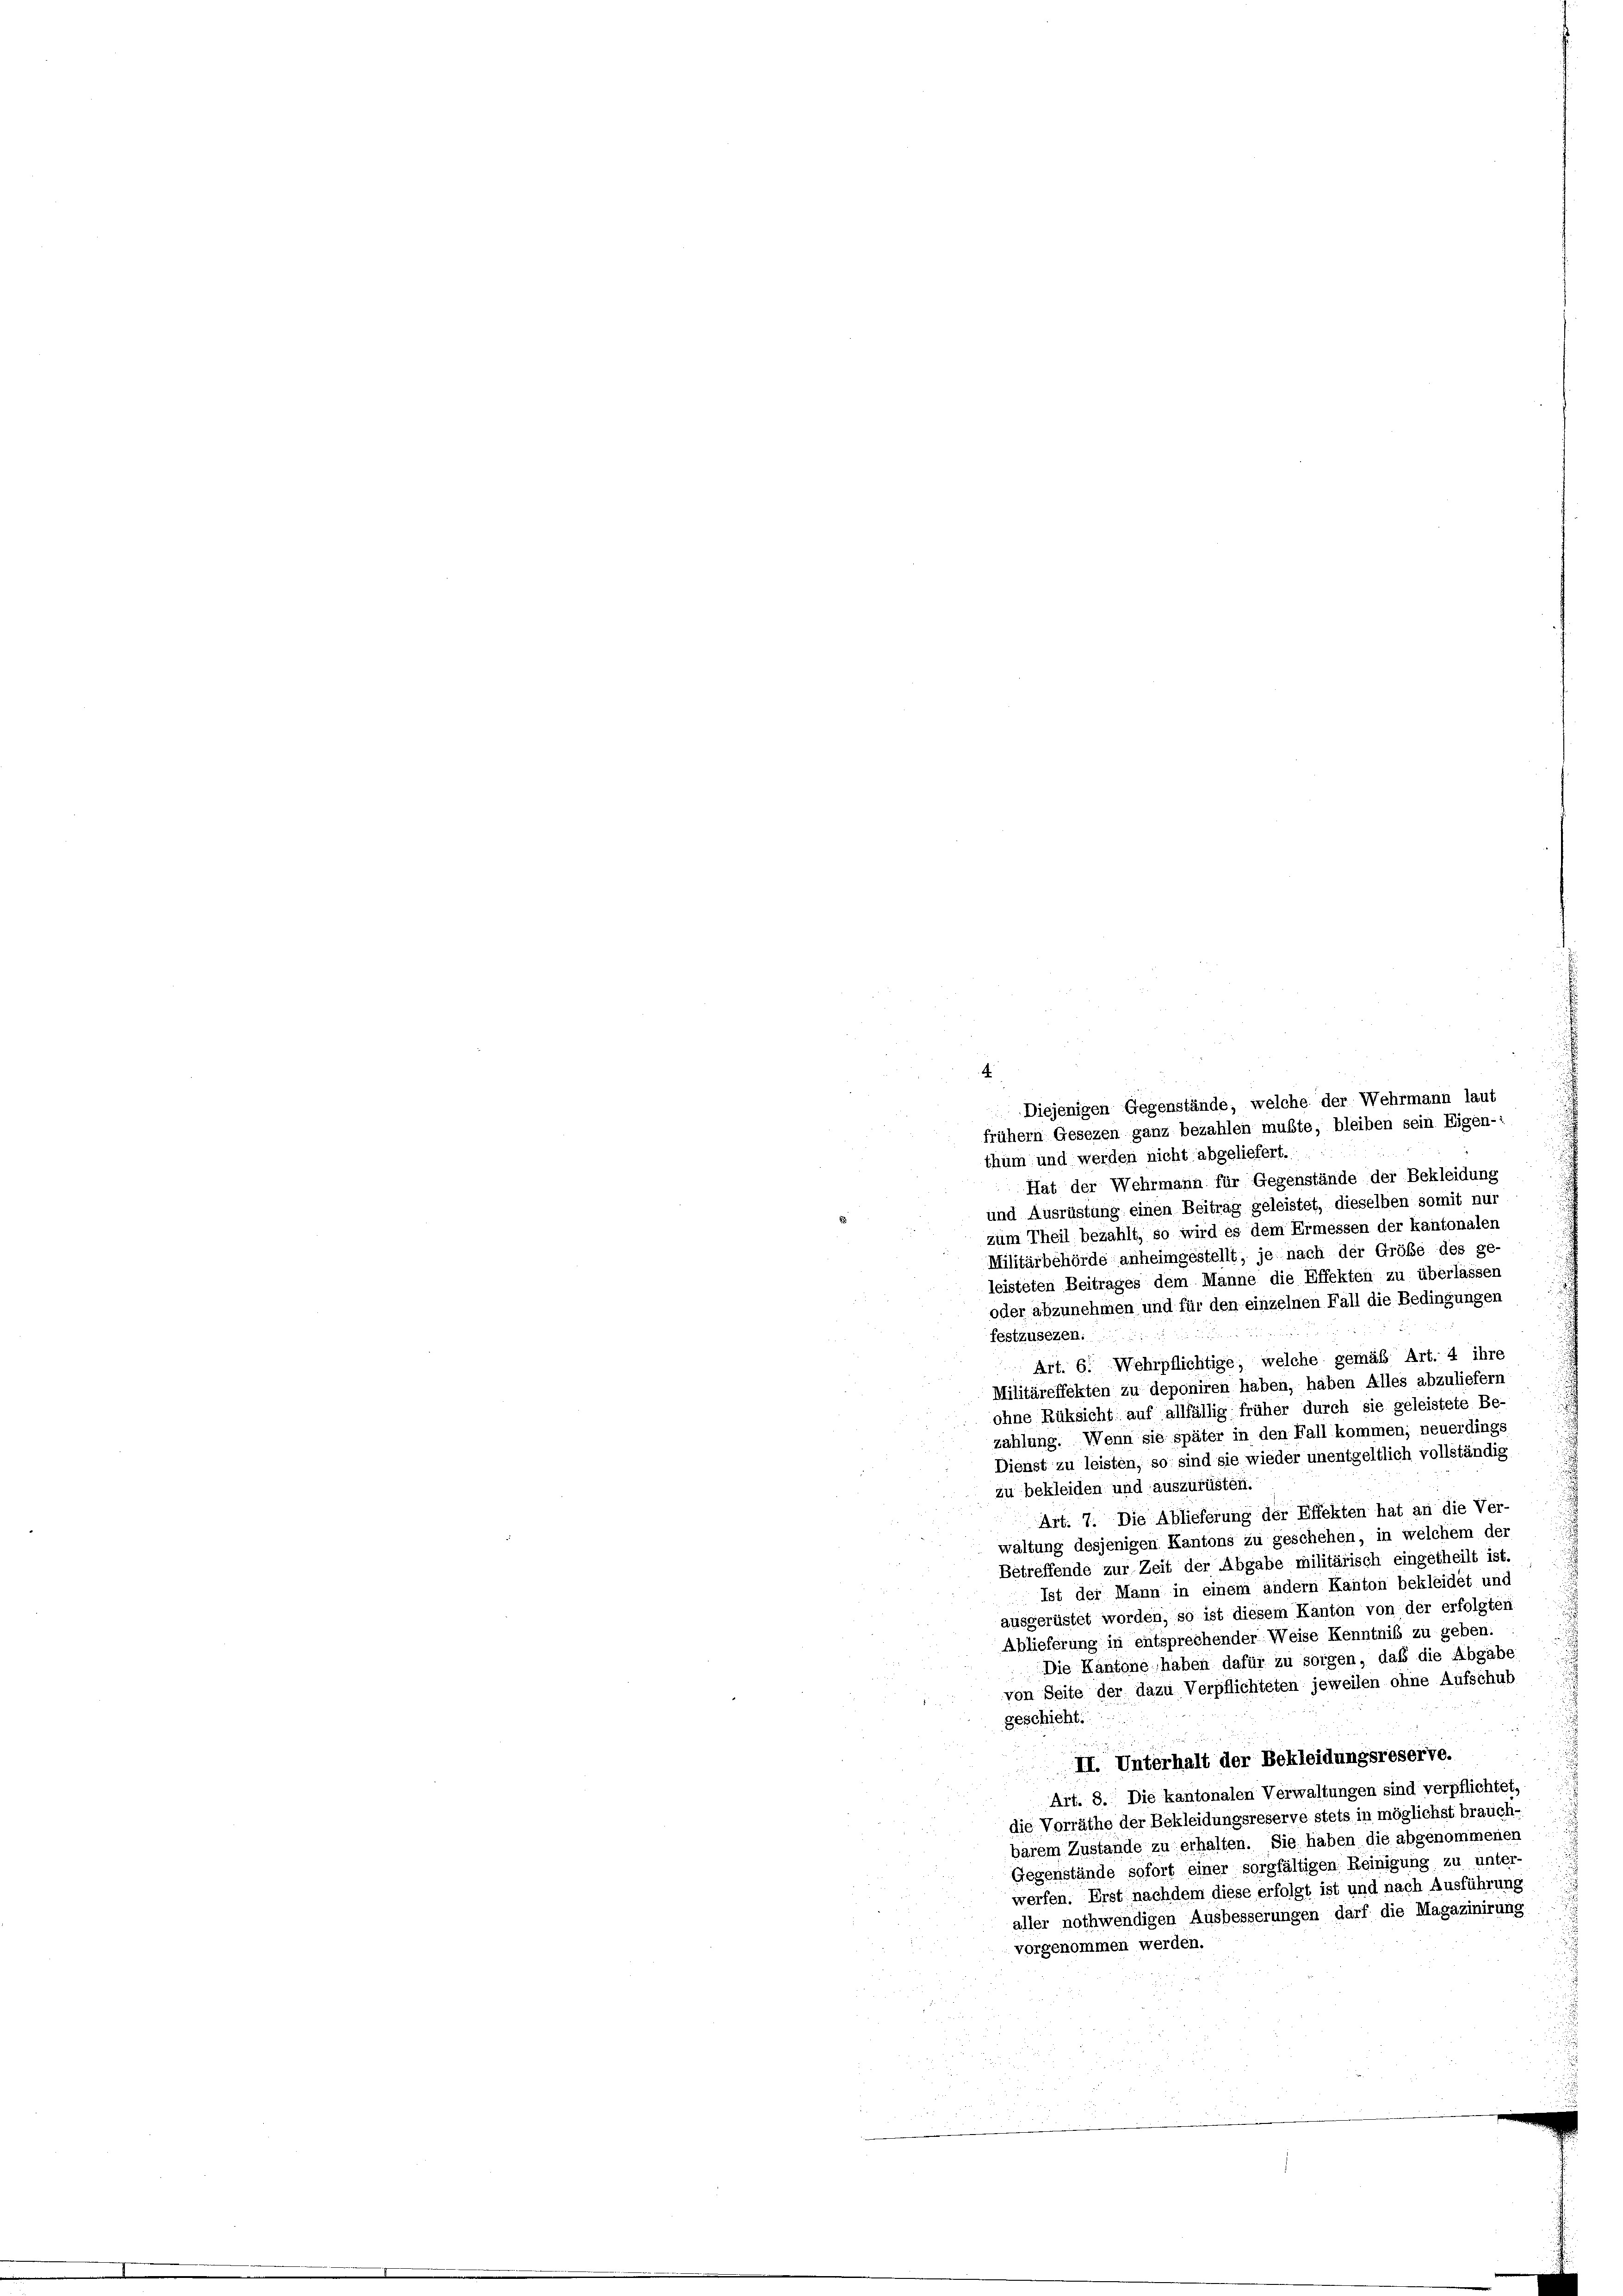
4
thum und werden nicht abgeliefert.
Hat der Wehrmann für Gegenstände der Bekleidung
und Ausrüstung einen Beitrag geleistet, dieselben somit nur
 zum Theil bezahlt, so wird es dem Ermessen der kantonalen
Militärbehörde anheimgestellt, je nach der Größe des ge-
leisteten Beitrages dem Manne die Effekten zu überlassen
oder abzunehmen und für den einzelnen Fall die Bedingungen
festzusezen.
Art. 6. Wehrpflichtige, welche gemäß Art. 4 ihre
Militäreffekten zu deponiren haben, haben Alles abzuliefern
ohne Rüksicht auf allfällig früher durch sie geleistete Be-
zahlung. Wenn sie später in den Fall kommen; neuerdinge
Dienst zu leisten, so sind sie wieder unentgeltlich vollständig
zu bekleiden und auszurüsten.
Art. 7. Die Ablieferung der Effekten hat an die Ver-
d
waltung desjenigen Kantons zu geschehen, in welchem der
Betreffende zur Zeit der Abgabe militärisch eingetheilt ist.
Ist der Mann in einem andern Kanton bekleidet und
ausgerüstet worden, so ist diesem Kanton von der erfolgten
Ablieferung in entsprechender Weise Kenntniß zu geben.
Die Kantone haben dafür zu sorgen, daß die Abgabe
von Seite der dazu Verpflichteten jeweilen ohne Aufschub
geschicht.
u
II. Unterhalt der Bekleidungsreserve.
Art. 8. Die kantonalen Verwaltungen sind verpflichtet,
die Vorräthe der Bekleidungsreserve stets in möglichst brauch-
barem Zustande zu erhalten. Sie haben die abgenommenen
Gegenstände sofort einer sorgfältigen Reinigung zu unter-
werfen. Erst nachdem diese erfolgt ist und nach Ausführung
aller nothwendigen Ausbesserungen darf die Magazinirung
vorgenommen werden.

Diejenigen Gegenstände, welche der Wehrmann laut
frühem Gesezen ganz bezahlen mußte, bleiben sein Eigen-